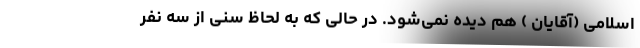
اسلامی (آقایان ) هم دیده نمی‌شود. در حالی که به لحاظ سنی از سه نفر